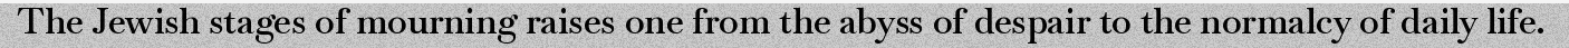
The Jewish stages of mourning raises one from the abyss of despair to the normalcy of daily life.